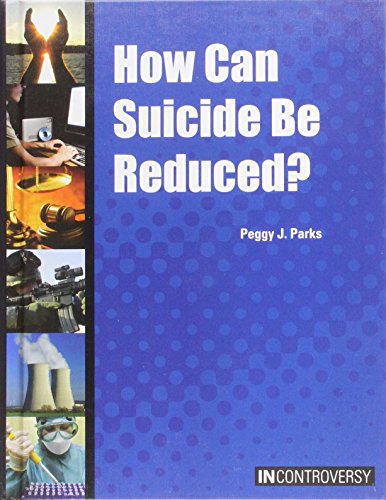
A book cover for How Can Suicide Be Reduced? (In Controversy); Peggy J. Parks; Teen & Young Adult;